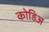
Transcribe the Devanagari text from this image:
कोडिअ